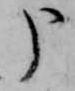
申